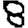
Digit: 8